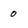
Character: 0